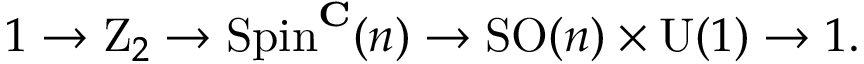
1 \to \mathrm { Z } _ { 2 } \to \operatorname { S p i n } ^ { \mathbf { C } } ( n ) \to \operatorname { S O } ( n ) \times \operatorname { U } ( 1 ) \to 1 .